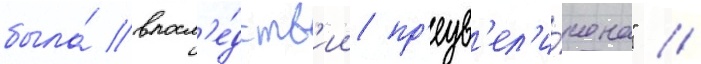
была́ впосл'е́дств'ии пр'еув'ел'и́чена" //